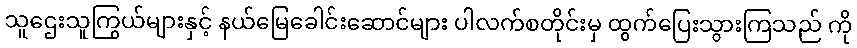
သူဌေးသူကြွယ်များနှင့် နယ်မြေခေါင်းဆောင်များ ပါလက်စတိုင်းမှ ထွက်ပြေးသွားကြသည် ကို